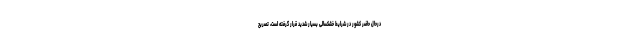
درحال‌ حاضر کشور در شرایط خشکسالی بسیار شدید قرار گرفته است، تصریح